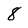
Character: 8